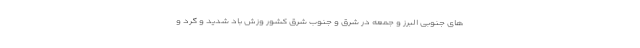
های جنوبی البرز و جمعه در شرق و جنوب شرق کشور وزش باد شدید و گرد و